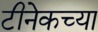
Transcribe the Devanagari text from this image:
टीनेकच्या